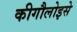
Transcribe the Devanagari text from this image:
कीगौलोइसे